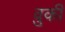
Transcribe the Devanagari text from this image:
वुकी